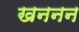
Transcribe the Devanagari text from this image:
खननन